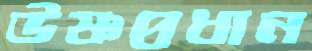
উষ্ণপ্রধান